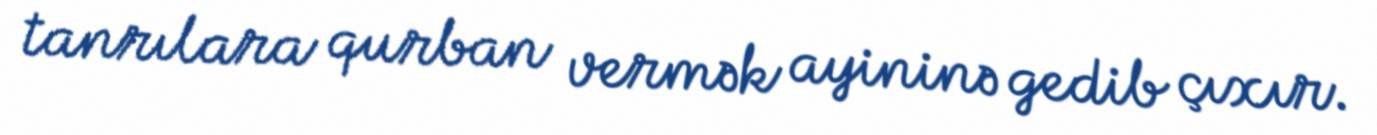
tanrılara qurban vermək ayininə gedib çıxır.